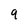
Character: 9